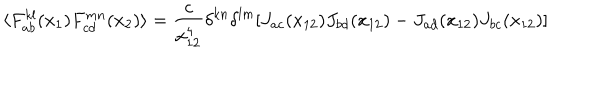
\langle F _ { a b } ^ { k l } ( x _ { 1 } ) F _ { c d } ^ { m n } ( x _ { 2 } ) \rangle = \frac { c } { x _ { 1 2 } ^ { 4 } } \delta ^ { k n } \delta ^ { l m } [ J _ { a c } ( x _ { 1 2 } ) J _ { b d } ( x _ { 1 2 } ) - J _ { a d } ( x _ { 1 2 } ) J _ { b c } ( x _ { 1 2 } ) ]